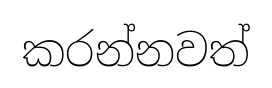
කරන්නවත්